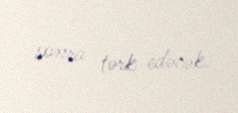
sonra tərk edəcək.